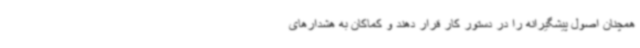
همچنان اصول پیشگیرانه را در دستور کار قرار دهند و کماکان به هشدارهای